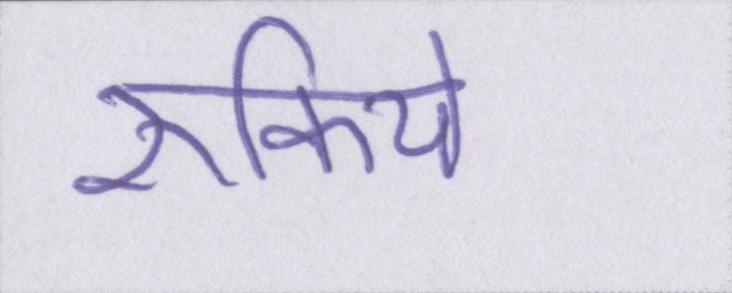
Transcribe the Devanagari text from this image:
रुकिये